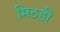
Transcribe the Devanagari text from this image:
मिठडी